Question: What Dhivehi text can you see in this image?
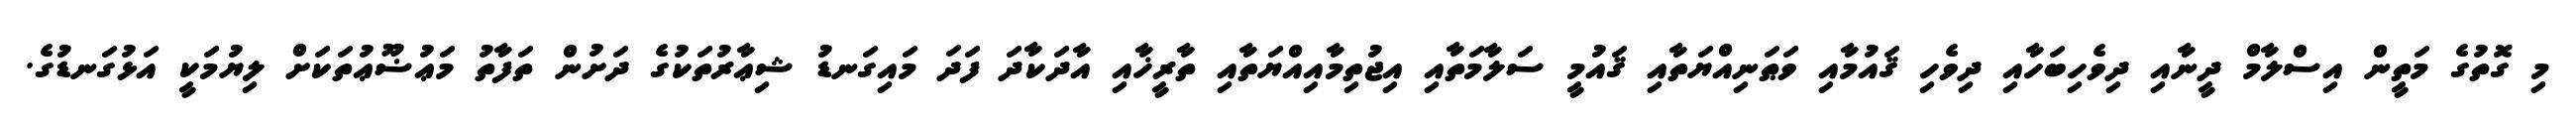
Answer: މި ގޮތުގެ މަތީން އިސްލާމް ދީނާއި ދިވެހިބަހާއި ދިވެހި ޤައުމާއި ވަޠަނިއްޔަތާއި ޤައުމީ ސަލާމަތާއި އިޖުތިމާއިއްޔަތާއި ތާރީޚާއި އާދަކާދަ ފަދަ މައިގަނޑު ޝިޢާރުތަކުގެ ދަށުން ތަފާތު މަޢުޟޫޢުތަކަށް ލިޔުމަކީ އަޅުގަނޑުގެ.